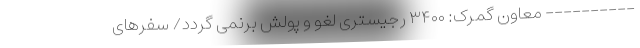
---------- معاون گمرک: ۳۴۰۰ رجیستری لغو و پولش برنمی گردد/ سفرهای